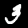
Digit: 3